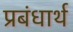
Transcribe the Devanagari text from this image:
प्रबंधार्थ